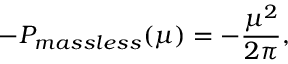
- P _ { m a s s l e s s } ( \mu ) = - \frac { \mu ^ { 2 } } { 2 \pi } ,